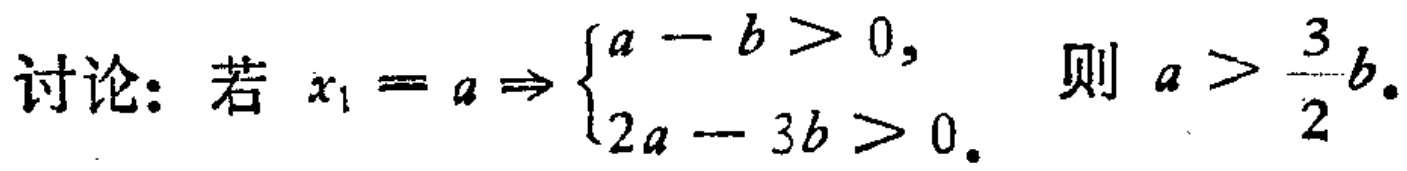
讨论：若 \(x_1 = a \Rightarrow \begin{cases}a - b > 0, \\ 2a - 3b > 0.\end{cases}\) 则 \(a > \dfrac{3}{2}b\).